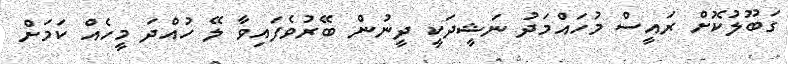
ގަބޫލުކޮށް ރައީސް މުހައްމަދު ނަޝީދަކީ ދީނުން ބޭރުވެފައިވާ ލޭ ހުއްދަ މީހެއް ކަމަށް